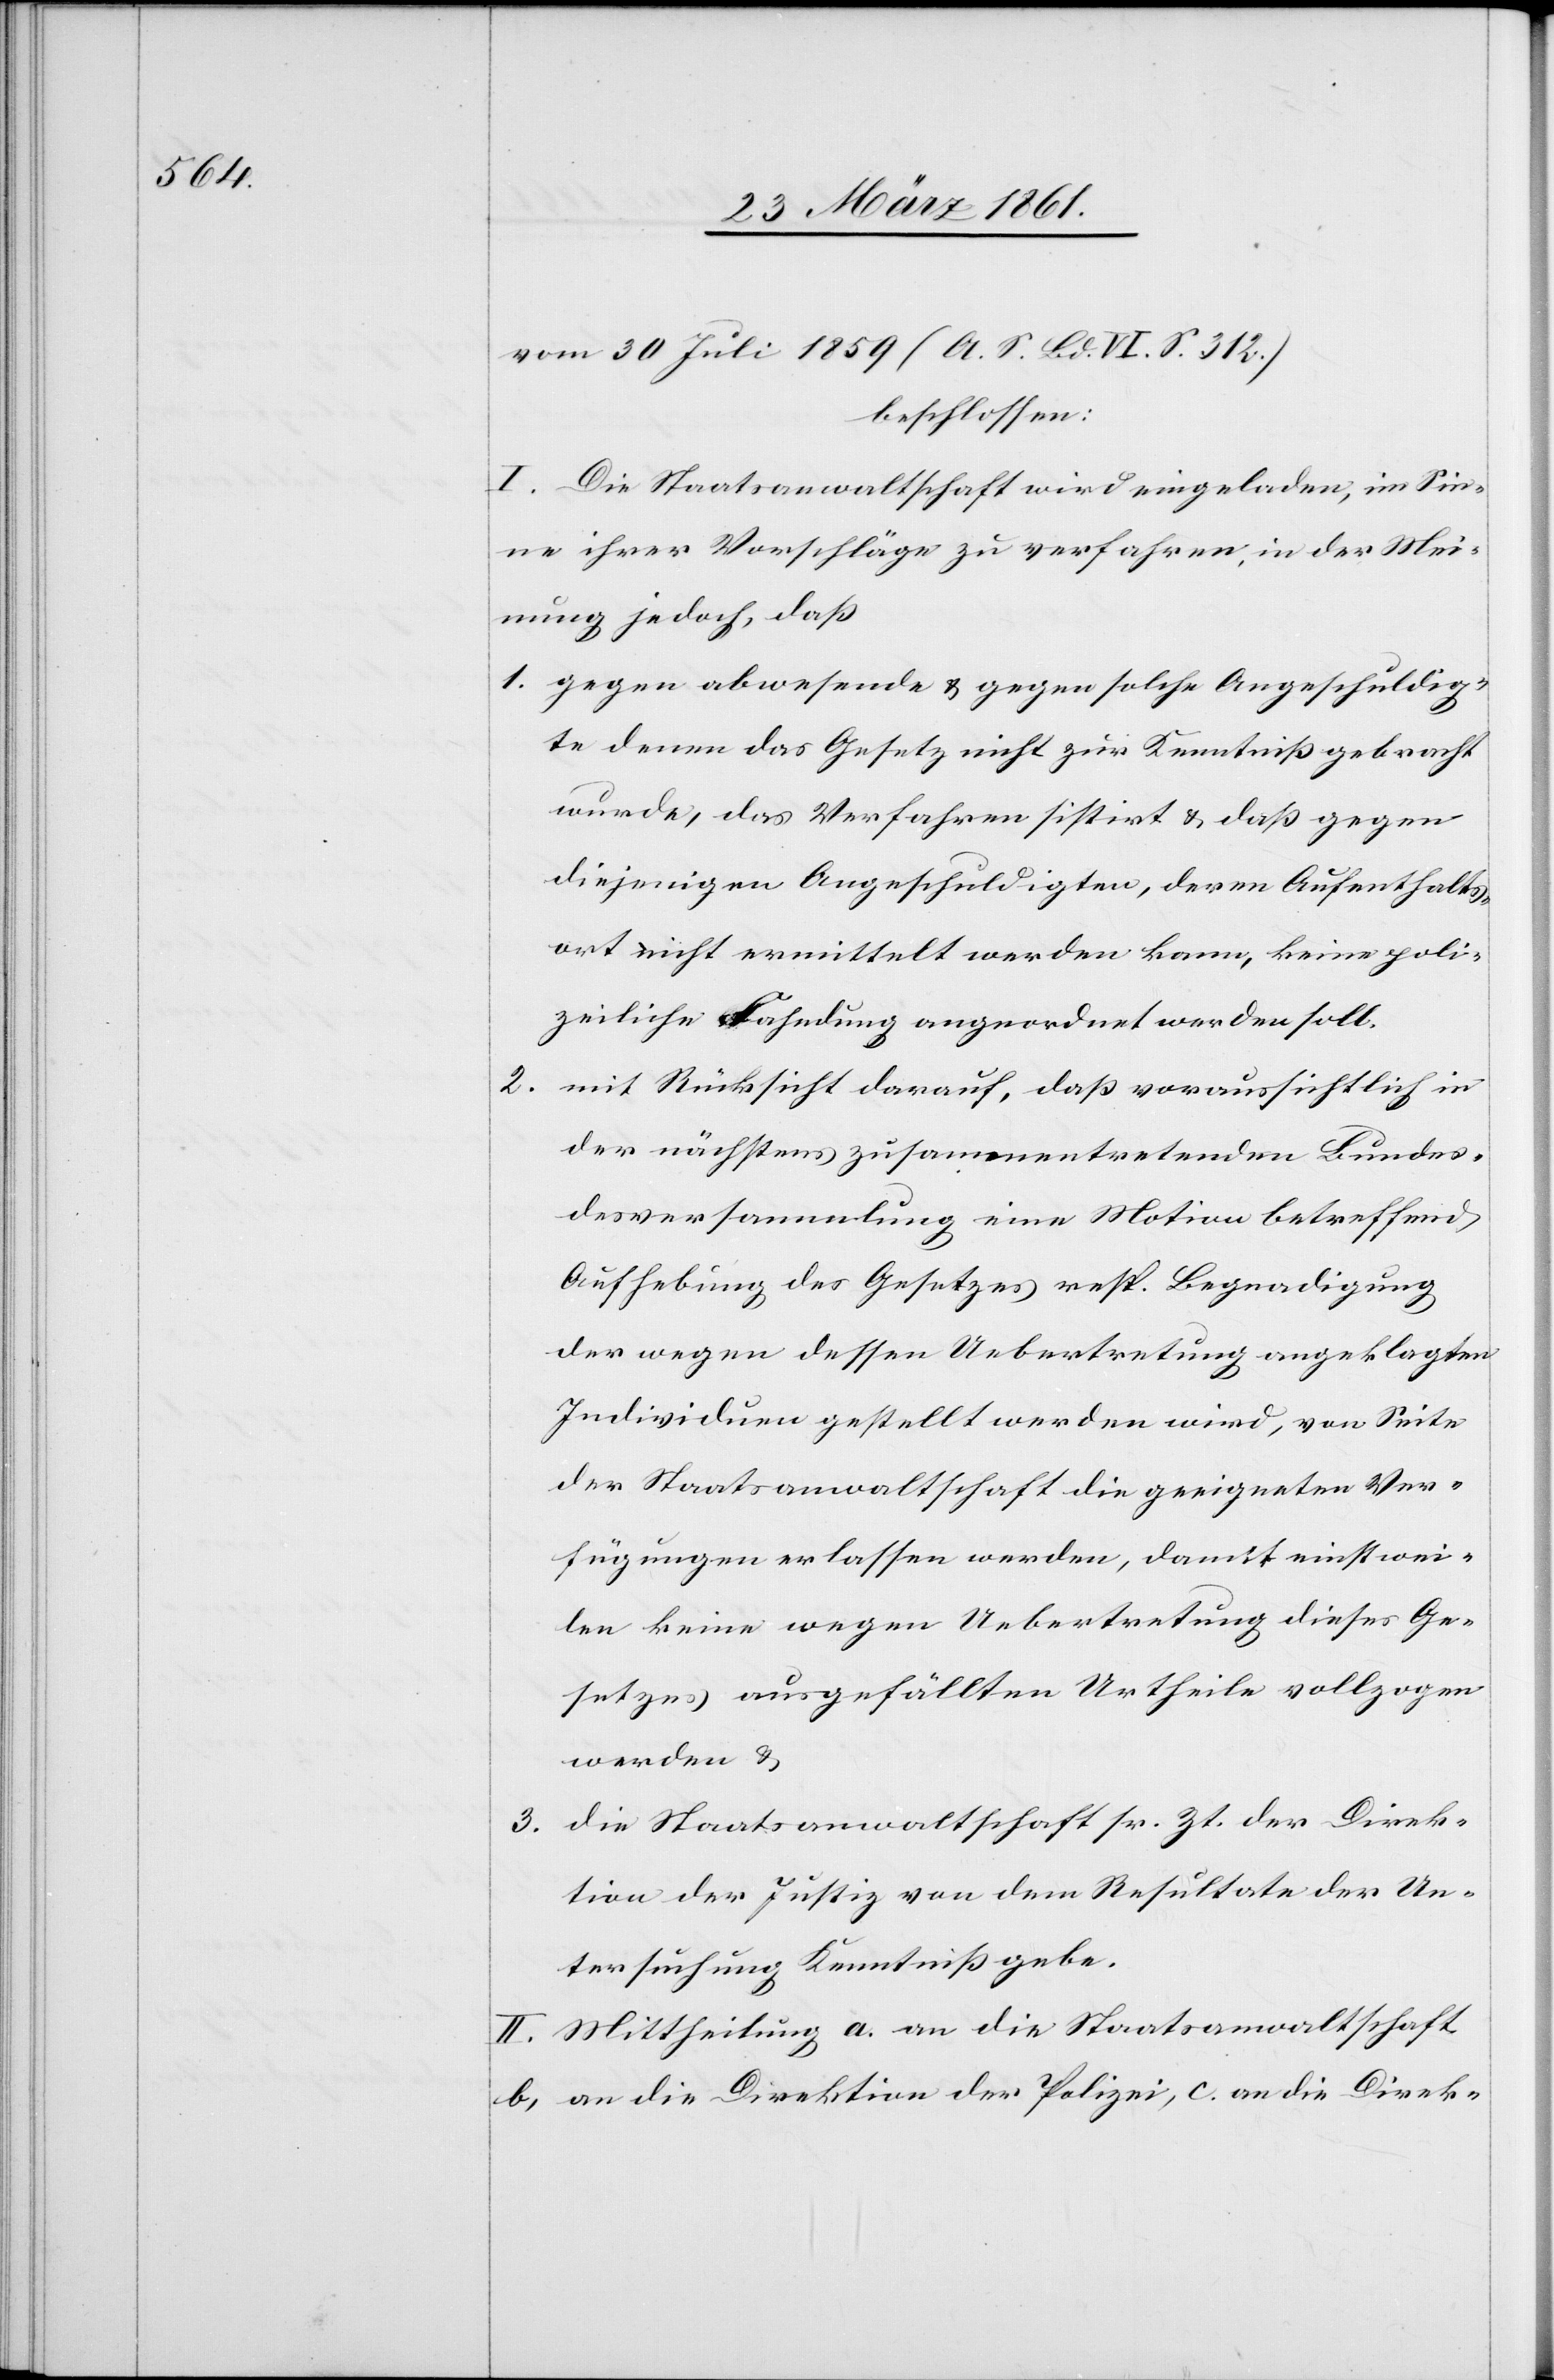
vom 30. Juli 1859 (A. S. Bd. VI. S. 312.)
beschlossen:
I. Die Staatsanwaltschaft wird eingeladen, im Sin¬
ne ihrer Vorschläge zu verfahren, in der Mei¬
nung jedoch, daß
1. gegen abwesende u. gegen solche Angeschuldig¬
te denen das Gesetz nicht zur Kenntniß gebracht
wurde, das Verfahren sistirt u. daß gegen
diejenigen Angeschuldigten, deren Aufenthalts¬
ort nicht ermittelt werden kann, keine poli¬
zeiliche Fahndung angeordnet werden soll.
2. mit Rücksicht darauf, daß voraussichtlich in
der nächstens zusammentretenden Bundes¬
versammlung eine Motion betreffend
Aufhebung des Gesetzes resp. Begnadigung
der wegen dessen Uebertretung angeklagten
Individuen gestellt werden wird, von Seite
der Staatsanwaltschaft die geeigneten Ver¬
fügungen erlassen werden, damit einstwei¬
len keine wegen Uebertretung dieses Ge¬
setzes ausgefällten Urtheile vollzogen
werden u.
3. die Staatsanwaltschaft sr. Zt. der Direk¬
tion der Justiz von dem Resultate der Un¬
tersuchung Kenntniß gebe.
II. Mittheilung a. an die Staatsanwaltschaft
b. an die Direktion der Polizei, c. an die Direk-